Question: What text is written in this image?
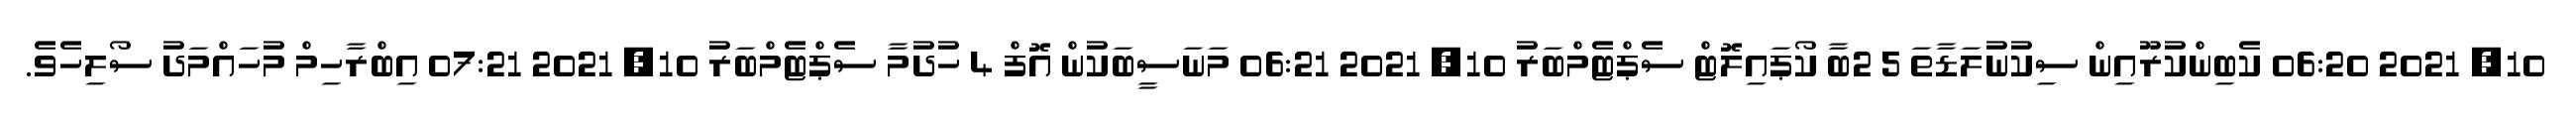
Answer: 10, 2021 06:20 ކެބިންކުރޫއިން ސިކުނުލަޑާތަ 5 2ބާ ކޯޕައިލޮޓް ސެޕްޓެމްބަރު 10, 2021 06:21 މަނަސީބަކުން އޮފް 4 ހުދުމާ ސެޕްޓެމްބަރު 10, 2021 07:21 އިބްރާހިމް މުހައްމަދު ސޯލިހެވެ.